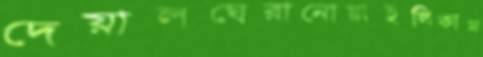
দেয়ালঘেরানোয়াইলিকাম